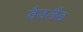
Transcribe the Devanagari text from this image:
डैडलैंड